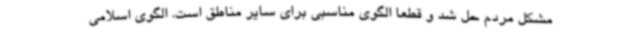
مشکل مردم حل شد و قطعا الگوی مناسبی برای سایر مناطق است. الگوی اسلامی